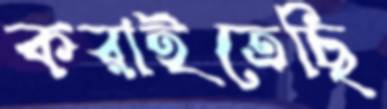
করাইতেছি